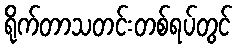
ရိုက်တာသတင်းတစ်ရပ်တွင်